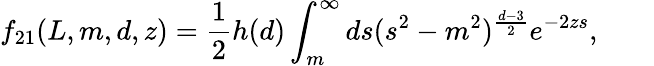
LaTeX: f_{21}(L,m,d,z)=\frac{1}{2}h(d)\int_{m}^{\infty}ds(s^{2}-m^{2})^{\frac{d-3}{2}}e^{-2zs},\qquad